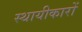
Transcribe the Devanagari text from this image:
स्थायीकारों